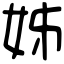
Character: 姊